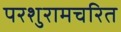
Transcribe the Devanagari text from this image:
परशुरामचरित